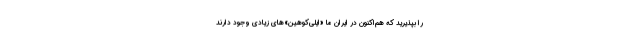
را بپذیرید که هم‌اکنون در ایران ما «ایلی‌کوهین‌»های زیادی وجود دارند